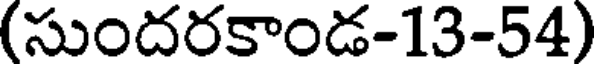
(సుందరకాండ-13-54)